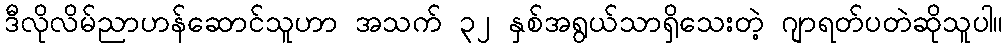
ဒီလိုလိမ်ညာဟန်ဆောင်သူဟာ အသက် ၃၂ နှစ်အရွယ်သာရှိသေးတဲ့ ဂျာရတ်ပတဲဆိုသူပါ။